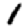
Digit: 1